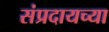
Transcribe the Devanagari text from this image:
संप्रदायच्या